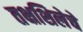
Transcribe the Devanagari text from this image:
तक्षशिलेचे